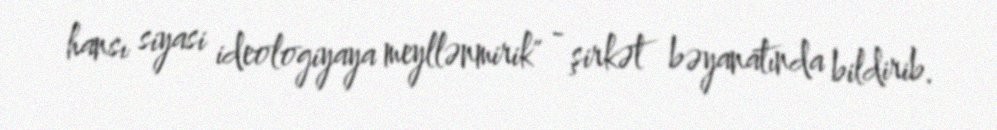
hansı siyasi ideologiyaya meyllənmirik" - şirkət bəyanatında bildirib.